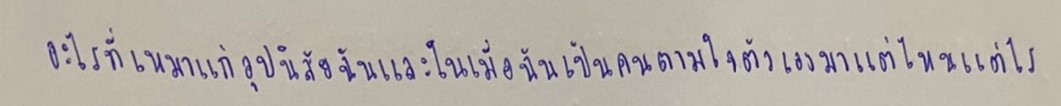
อะไรที่เหมาะแก่อุปนิสัยฉันและในเมื่อฉันเป็นคนตามใจตัวเองมาแต่ไหนแต่ไร